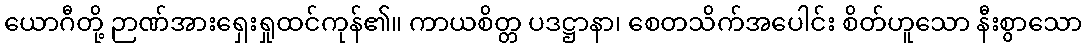
ယောဂီတို့ ဉာဏ်အားရှေးရှုထင်ကုန်၏။ ကာယစိတ္တ ပဒဋ္ဌာနာ၊ စေတသိက်အပေါင်း စိတ်ဟူသော နီးစွာသော